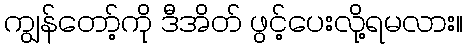
ကျွန်တော့်ကို ဒီအိတ် ဖွင့်ပေးလို့ရမလား။